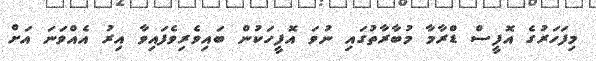
މިފަހަރުގެ އޮފީސް ޑްރާމާ މުބާރާތުގައި ނުވަ އޮފީހަކުން ބައިވެރިވެފައިވާ އިރު އެއްވަނަ އަށް